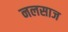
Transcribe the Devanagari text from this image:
नलसाज